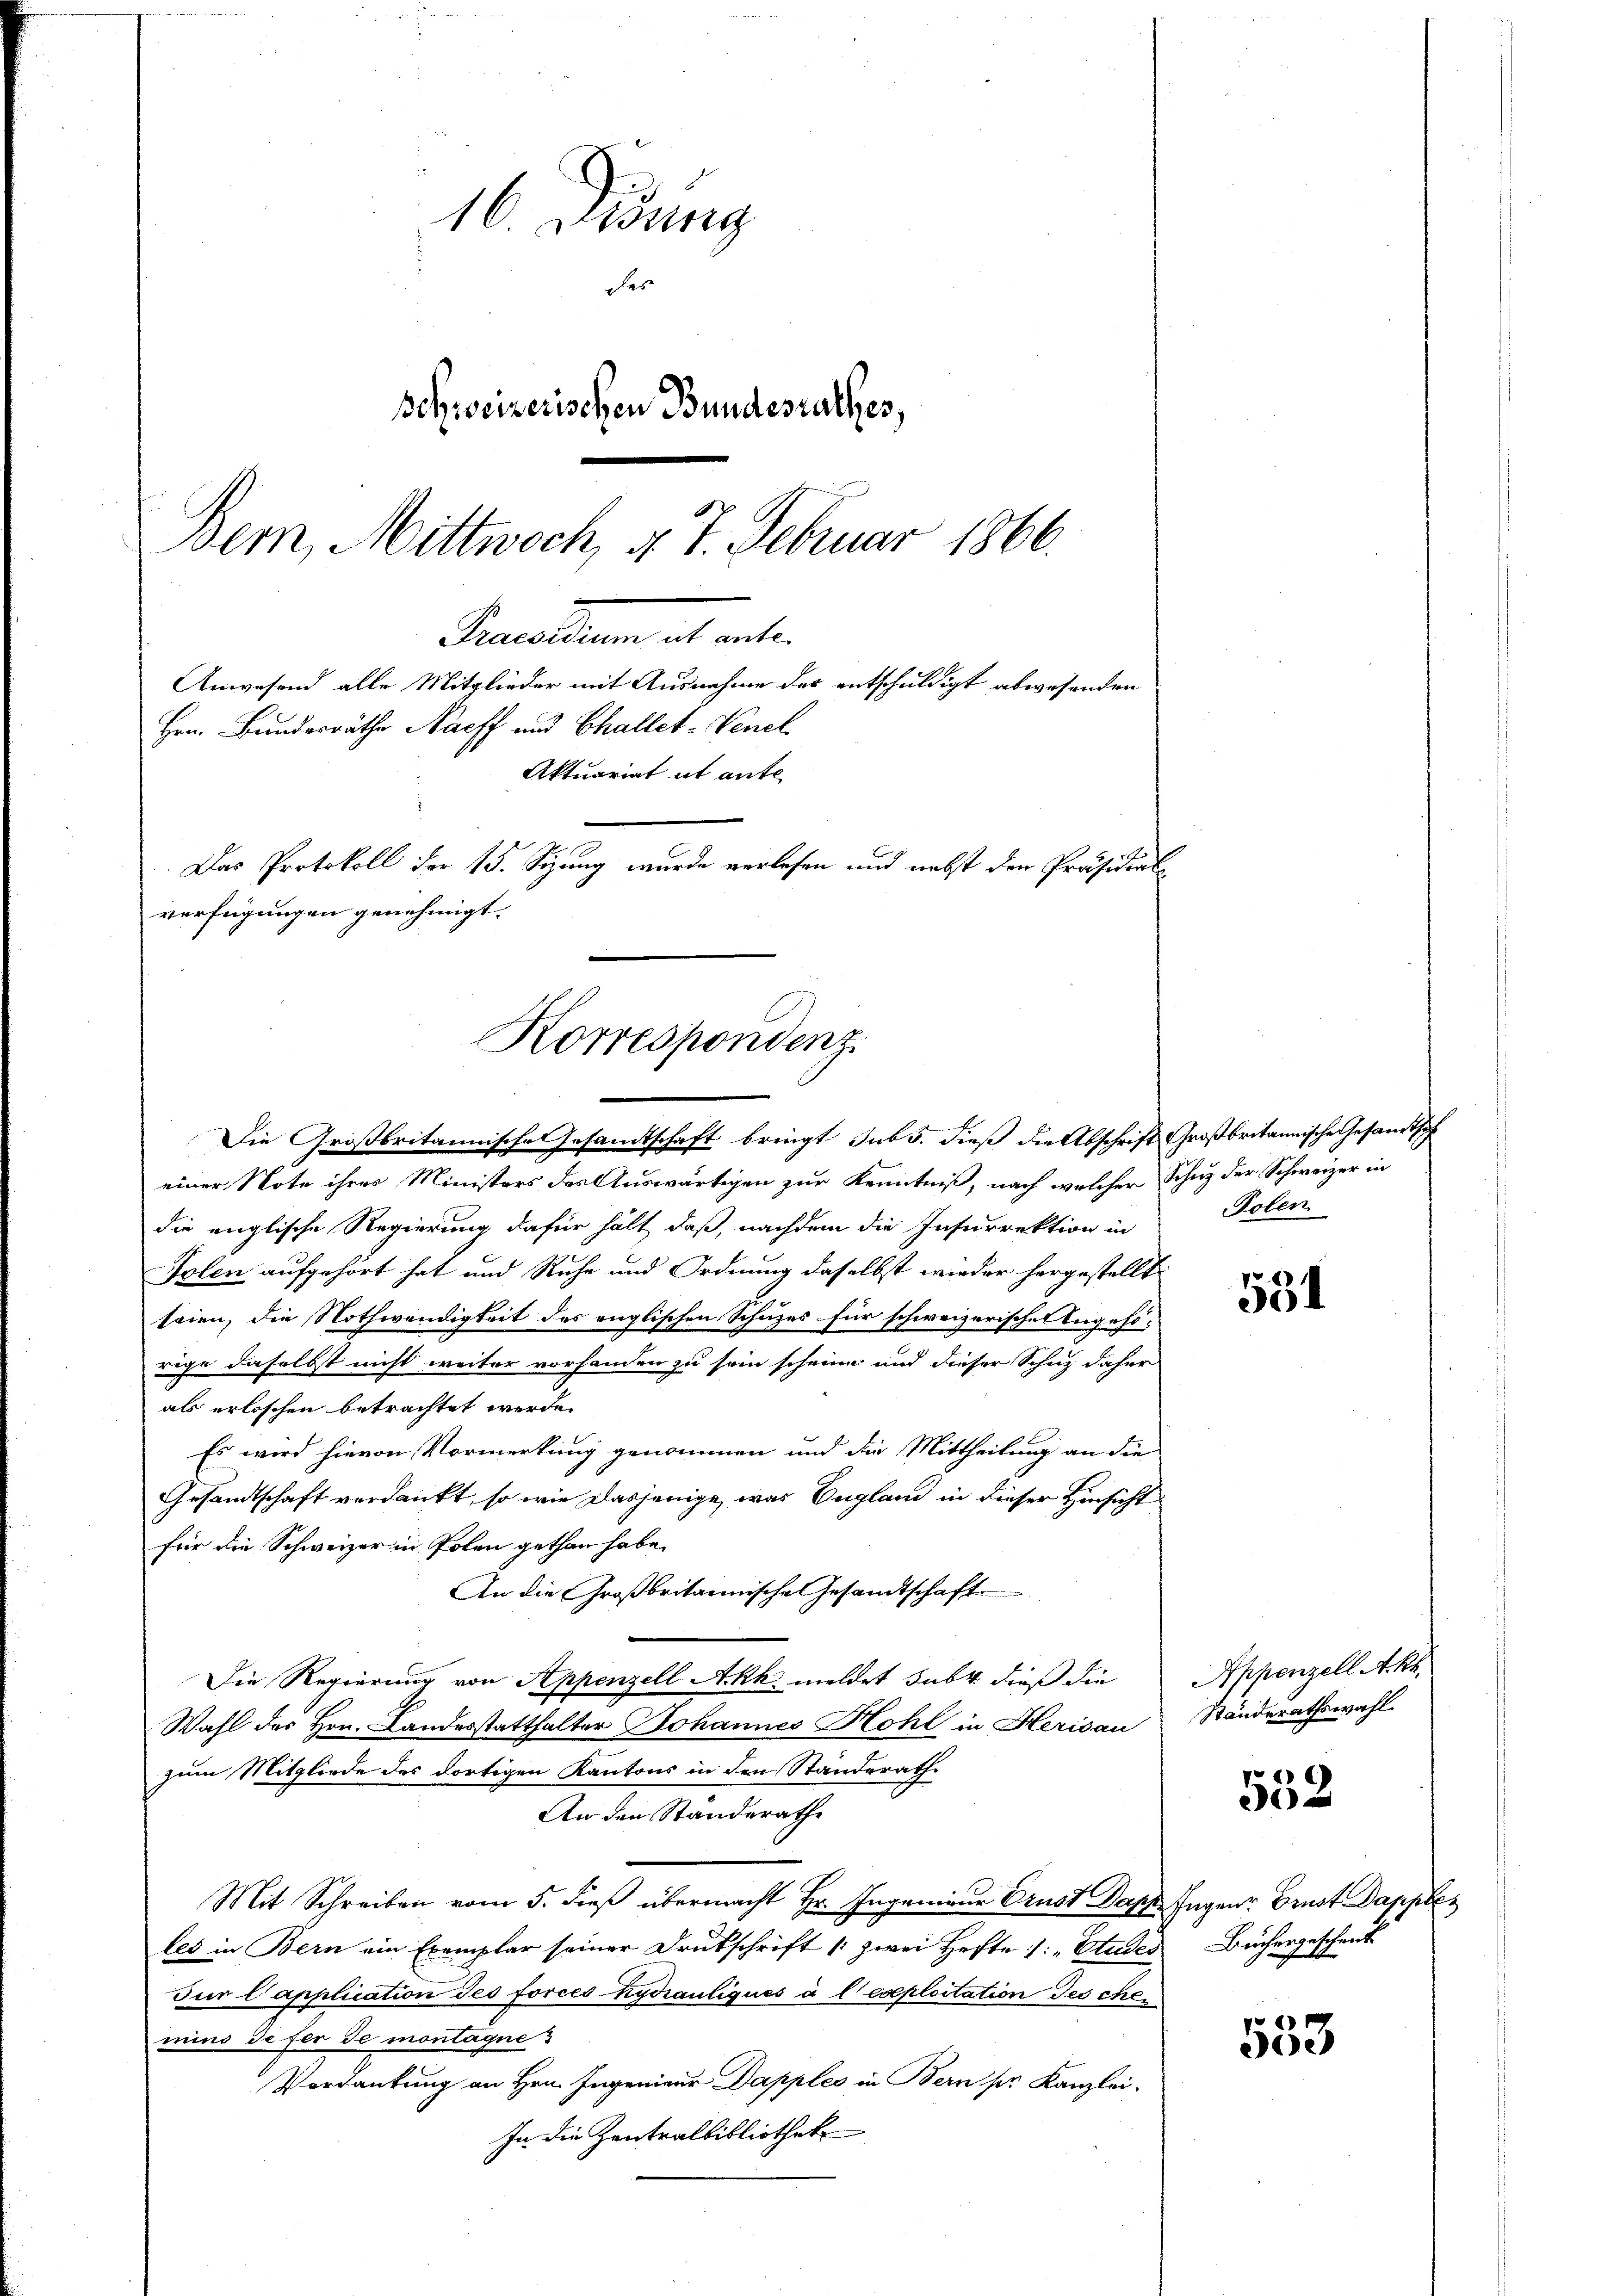
16. Didung
des
schweizerischen Bundesrathes,
Bern, Mittwoch, d. 7. Februar 1866.

verfügungen genehmigt.
Korrespondenz.

Secetten als ent¬
Anwesend alle Mitglieder mit Ausnahme der entschuldigt abwesenden
Hrn. Bundesräthe Nacff und Challet-Venel
Aktuariat it ante
Das Protokoll der 15. Sizung wurde verlesen und nebst den Präsidial¬

Die Großbritannische Gesamtschaft bringt sub 5. dieß die Abschrift Großbritannische Gesandtsc
einer Note ihrer Ministers des Auswärtigen zur Kenntniß, nach welcher Schuz der Schweizer in
die englische Regierung dafür hält, daß, nachdem die Insurrektion in
Tolen aufgehört hat und Ruhe und Ordnung daselbst wieder hergestellt
seien, die Nothwendigkeit des englischen Schuzes für schweizerischen Angehörige daselbst nicht weiter vorhanden zu sein scheine und dieser Schuz daher
als erloschen betrachtet werde.
Es wird hievon Vormerkung genommen und die Mittheilung an die
Gesandtschaft verdankt, so wie dasjenige, was England in dieser Hinsicht
für die Schweizer in Polen gethan habe.
An die Großbritainische Gesandtschaft
Die Regierung von Appenzell Akk meldet sub dieß die
Wahl des Hrn. Landesstatthalter Johannes Hohl in Herisau
zum Mitgliede des dortigen Kantons in den Standerath
An den Standerathe
Mit Schreiben vom 5. dieß übermacht Hr. Ingenieur Ernst Papp sagen Brust Dapple
les in Bern ein Exemplar seiner Drukschrift (zwei Hefte /: „Etudes Büchergeschenk
Für Capplication des forces hydrauliques à l’exploitation deschen
mino de fer de montagnes
Verdankung an Hrn. Ingenieur Dapples in Bern ser Kanzlei.
In die Zentralbibliothek

Polen.

Vr.6)
.

Appenzell A. Kr.
Standerathswahl.

552

553